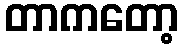
တာကတော့